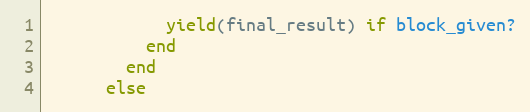
Language: Ruby
            yield(final_result) if block_given?
          end
        end
      else